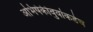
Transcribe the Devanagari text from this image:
अभिषेकीबुवांकडेच